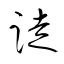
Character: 跿